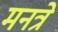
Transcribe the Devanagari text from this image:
मनत्रे